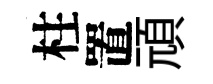
柱置頑